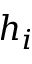
h _ { i }